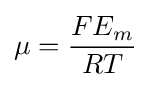
\mu ={\frac {FE_{m}}{RT}}